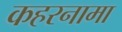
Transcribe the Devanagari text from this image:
कहरनामा